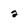
Character: 2